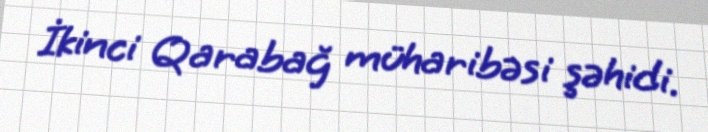
İkinci Qarabağ müharibəsi şəhidi.